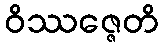
ဝိဿဇ္ဇေတိ